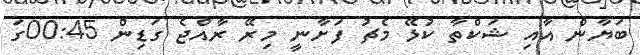
ބަޔާން އާއި ޝަކްތާ ކުޅޭ މެޗު ފަށާނީ މިރޭ ރާއްޖެ ގަޑިން 00:45ގަ